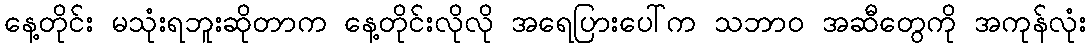
နေ့တိုင်း မသုံးရဘူးဆိုတာက နေ့တိုင်းလိုလို အရေပြားပေါ်က သဘာဝ အဆီတွေကို အကုန်လုံး